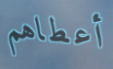
أعطاهم